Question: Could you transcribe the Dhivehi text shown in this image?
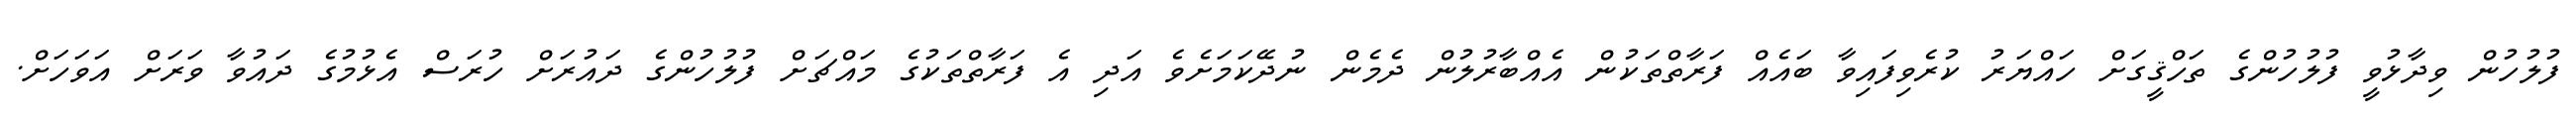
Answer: ފުލުހުން ވިދާޅުވީ ފުލުހުންގެ ތަހްޤީގަށް ހައްޔަރު ކުރެވިފައިވާ ބައެއް ފަރާތްތަކުން އެއްބާރުލުން ދެމެން ނުދޭކަމަށެވެ އަދި އެ ފަރާތްތަކުގެ މައްޗަށް ފުލުހުންގެ ދައުރަށް ހުރަސް އެޅުމުގެ ދައުވާ ވަރަށް އަވަހަށް.